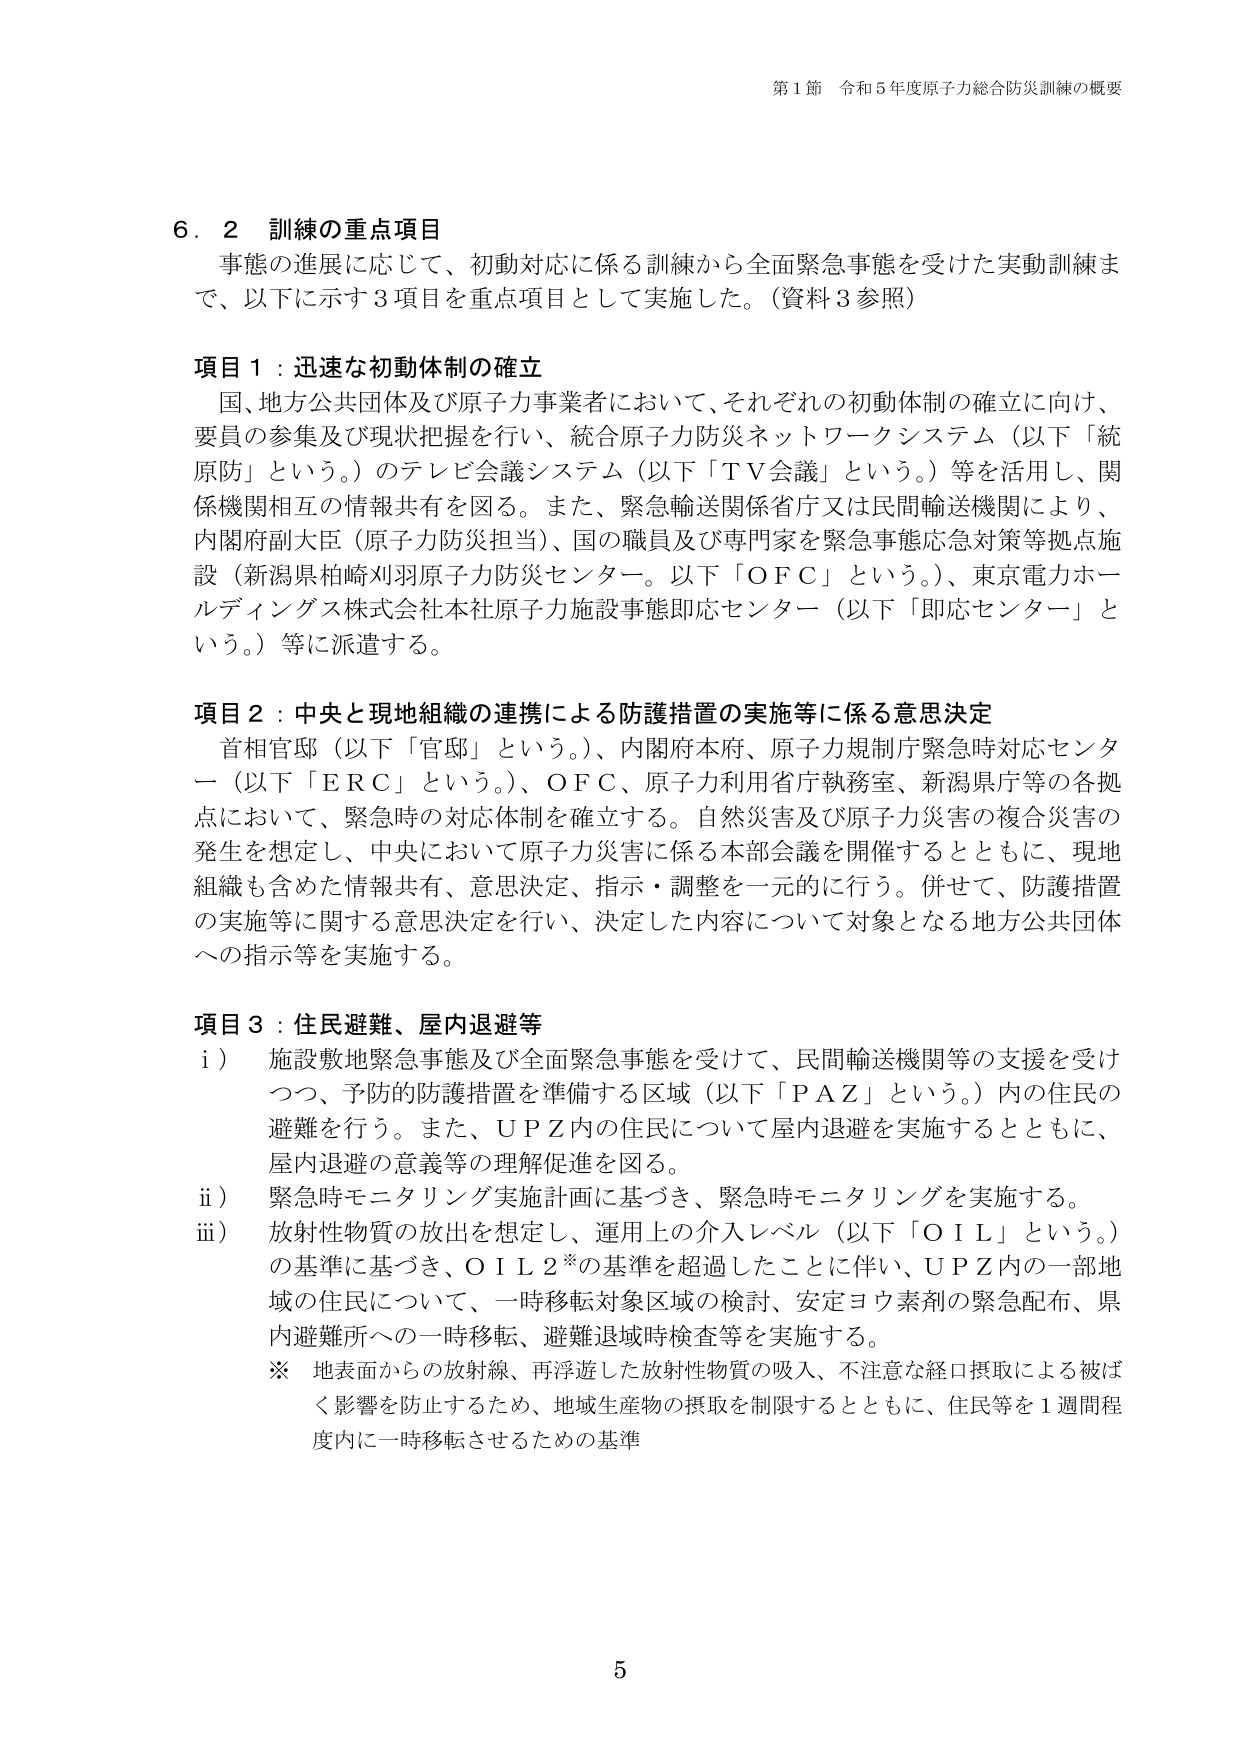
第1節 令和5年度原子力総合防災訓練の概要

6.2 訓練の重点項目
事態の進展に応じて、初動対応に係る訓練から全面緊急事態を受けた実動訓練まで、以下に示す3項目を重点項目として実施した。（資料3参照）

項目1：迅速な初動体制の確立
国、地方公共団体及び原子力事業者において、それぞれの初動体制の確立に向け、要員の参集及び現状把握を行い、統合原子力防災ネットワークシステム（以下「統原防」という。）のテレビ会議システム（以下「ＴＶ会議」という。）等を活用し、関係機関相互の情報共有を図る。また、緊急輸送関係省庁又は民間輸送機関により、内閣府副大臣（原子力防災担当）、国の職員及び専門家を緊急事態応急対策等拠点施設（新潟県柏崎刈羽原子力防災センター。以下「ＯＦＣ」という。）、東京電力ホールディングス株式会社本社原子力施設事態即応センター（以下「即応センター」という。）等に派遣する。

項目2：中央と現地組織の連携による防護措置の実施等に係る意思決定
首相官邸（以下「官邸」という。）、内閣府本府、原子力規制庁緊急時対応センター（以下「ＥＲＣ」という。）、ＯＦＣ、原子力利用省庁執務室、新潟県庁等の各拠点において、緊急時の対応体制を確立する。自然災害及び原子力災害の複合災害の発生を想定し、中央において原子力災害に係る本部会議を開催するとともに、現地組織も含めた情報共有、意思決定、指示・調整を一元的に行う。併せて、防護措置の実施等に関する意思決定を行い、決定した内容について対象となる地方公共団体への指示等を実施する。

項目3：住民避難、屋内退避等
i） 施設敷地緊急事態及び全面緊急事態を受けて、民間輸送機関等の支援を受けつつ、予防的防護措置を準備する区域（以下「ＰＡＺ」という。）内の住民の避難を行う。また、ＵＰＺ内の住民について屋内退避を実施するとともに、屋内退避の意義等の理解促進を図る。
ii） 緊急時モニタリング実施計画に基づき、緊急時モニタリングを実施する。
iii） 放射性物質の放出を想定し、運用上の介入レベル（以下「ＯＩＬ」という。）の基準に基づき、ＯＩＬ2※の基準を超過したことに伴い、ＵＰＺ内の一部地域の住民について、一時移転対象区域の検討、安定ヨウ素剤の緊急配布、県内避難所への一時移転、避難退域時検査等を実施する。
※ 地表面からの放射線、再浮遊した放射性物質の吸入、不注意な経口摂取による被ばく影響を防止するため、地域生産物の摂取を制限するとともに、住民等を1週間程度内に一時移転させるための基準

5